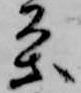
条